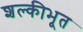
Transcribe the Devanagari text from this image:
शल्कीभूत